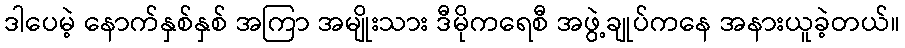
ဒါပေမဲ့ နောက်နှစ်နှစ် အကြာ အမျိုးသား ဒီမိုကရေစီ အဖွဲ့ချုပ်ကနေ အနားယူခဲ့တယ်။